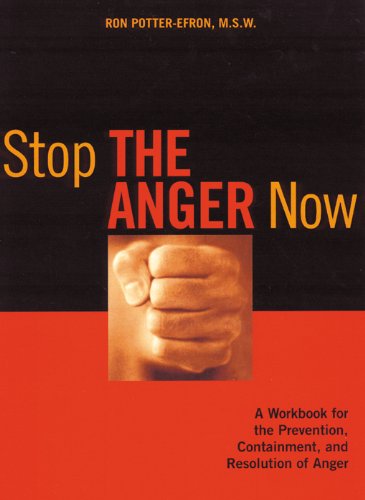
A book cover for Stop the Anger Now: A Workbook for the Prevention, Containment, and Resolution of Anger; Ronald Potter-Efron MSW  PhD; Self-Help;